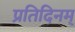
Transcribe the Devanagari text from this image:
प्रतिदिनम्‌